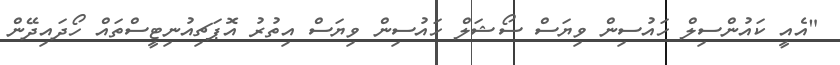
"އެއީ ކައުންސިލް ހައުސިން ވިޔަސް ސޯޝަލް ހައުސިން ވިޔަސް އިތުރު އޮޕަޗިއުނިޓީސްތައް ހޯދައިދޭން